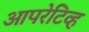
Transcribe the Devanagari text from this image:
आपरेटिव्ह